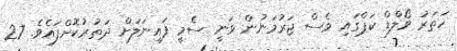
ހަތަރު ވޯލްޑް ކަޕްގައި ވެސް ޖަރުމަނުން ވަނީ ސެމީ ފައިނަލަށް ދަތުރުކޮށްފައެވެ. 27